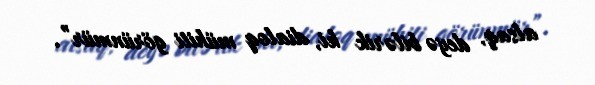
alsaq, deyə bilərik ki, dialoq mühiti görünmür”.